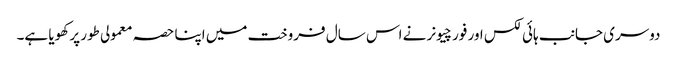
دوسری جانب ہائی لکس اور فورچیونر نے اس سال فروخت میں اپنا حصہ معمولی طور پر کھویا ہے۔